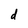
Character: d